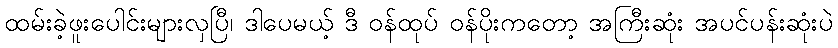
ထမ်းခဲ့ဖူးပေါင်းများလှပြီ၊ ဒါပေမယ့် ဒီ ဝန်ထုပ် ဝန်ပိုးကတော့ အကြီးဆုံး အပင်ပန်းဆုံးပဲ